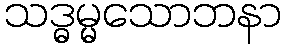
သဒ္ဓမ္မသောဘနာ